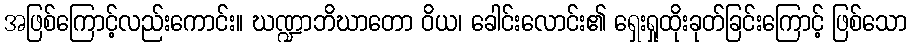
အဖြစ်ကြောင့်လည်းကောင်း။ ဃဏ္ဍာဘိဃာတော ဝိယ၊ ခေါင်းလောင်း၏ ရှေးရှုထိုးခုတ်ခြင်းကြောင့် ဖြစ်သော